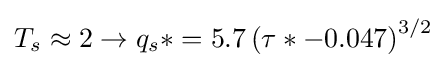
T_{s}\approx 2\rightarrow q_{s}*=5.7\left(\tau *-0.047\right)^{3/2}